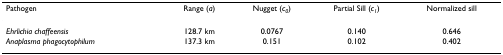
<table><thead><tr><td><b>Pathogen</b></td><td><b>Range (<i>a</i>)</b></td><td><b>Nugget (<i>c</i><sub><i>0</i></sub>)</b></td><td><b>Partial Sill (<i>c</i><sub><i>1</i></sub>)</b></td><td><b>Normalized sill</b></td></tr></thead><tbody><tr><td><i>Ehrlichia chaffeensis</i></td><td>128.7 km</td><td>0.0767</td><td>0.140</td><td>0.646</td></tr><tr><td><i>Anaplasma phagocytophilum</i></td><td>137.3 km</td><td>0.151</td><td>0.102</td><td>0.402</td></tr></tbody></table>